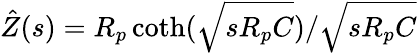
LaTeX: \hat{Z}(s)=R_{p}\coth(\sqrt{sR_{p}C})/\sqrt{sR_{p}C}